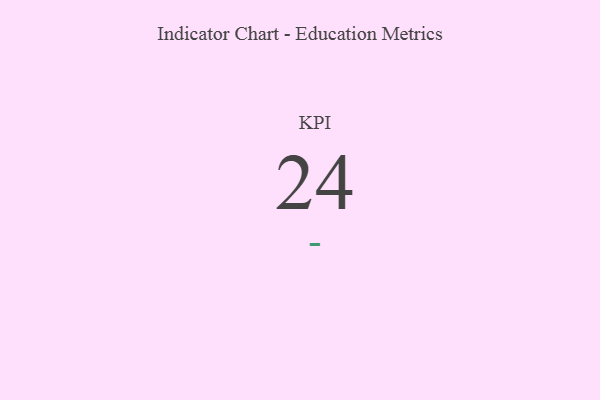
{"axis": {"x": "KPI", "y": "Value"}, "legend": [""], "data": [{"x": "KPI", "y": 24, "type": ""}]}